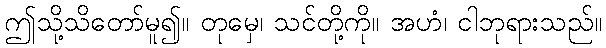
ဤသို့သိတော်မူ၍။ တုမှေ၊ သင်တို့ကို။ အဟံ၊ ငါဘုရားသည်။